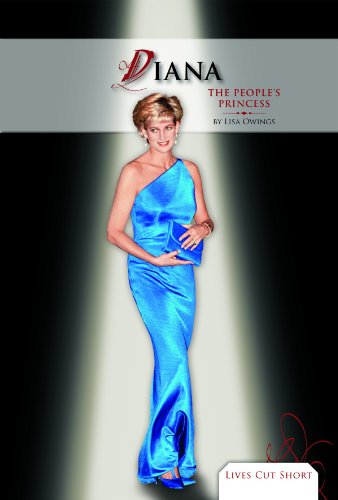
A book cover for Diana: The People's Princess (Lives Cut Short); Lisa Owings; Teen & Young Adult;